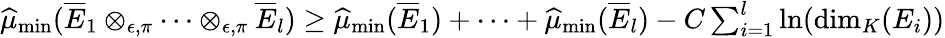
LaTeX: \begin{array}{r}{\widehat{\mu}_{\operatorname*{min}}(\overline{E}_{1}\otimes_{\epsilon,\pi}\cdots\otimes_{\epsilon,\pi}\overline{E}_{l})\geq\widehat{\mu}_{\operatorname*{min}}(\overline{E}_{1})+\cdots+\widehat{\mu}_{\operatorname*{min}}(\overline{E}_{l})-C\sum_{i=1}^{l}\ln(\dim_{K}(E_{i}))}\end{array}